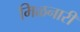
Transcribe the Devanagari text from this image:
मिळनारी